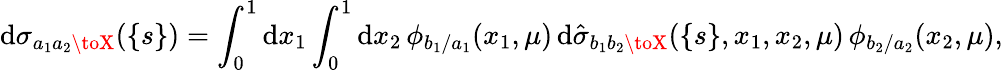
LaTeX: \mathrm{d}\sigma_{a_{1}a_{2}\toX}(\{ s\} )=\int_{0}^{1}\mathrm{d}x_{1}\int_{0}^{1}\mathrm{d}x_{2}\, \phi_{b_{1}/a_{1}}(x_{1},\mu)\, \mathrm{d}\hat{{\sigma}}_{b_{1}b_{2}\toX}(\{ s\} ,x_{1},x_{2},\mu)\, \phi_{b_{2}/a_{2}}(x_{2},\mu),